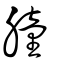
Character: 朣